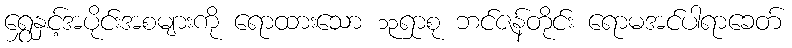
ရွှေနှင့်အပိုင်းအစများကို ရောထားသော ၁၃ရာစု ဘင်ဇန်တိုင်း ရောမအင်ပါရာခေတ်